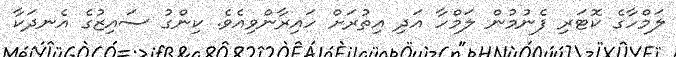
ލަމްހާގެ ކޮޓަރި ފެނުމުން ލަމްހާ އަދި އިތުރަށް ހައިރާންވިއެވެ. ކިންގު ސައިޒުގެ އެނދަކާ